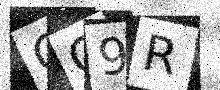
Text: OC9R